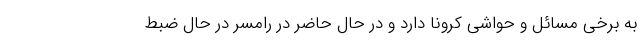
به برخی مسائل و حواشی کرونا دارد و در حال حاضر در رامسر در حال ضبط